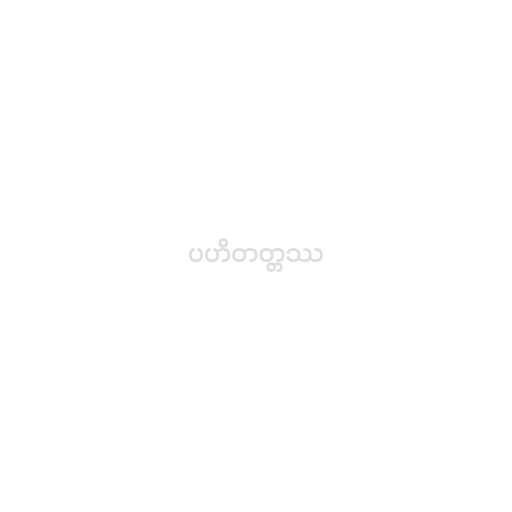
ပဟိတတ္တဿ